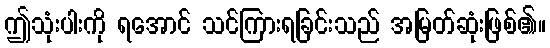
ဤသုံးပါးကို ရအောင် သင်ကြားရခြင်းသည် အမြတ်ဆုံးဖြစ်၏။